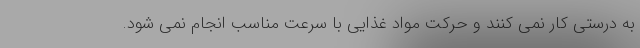
به درستی کار نمی کنند و حرکت مواد غذایی با سرعت مناسب انجام نمی شود.